Indian journal of veterinary science and animal husbandry - Volume 8,
Year: 1938
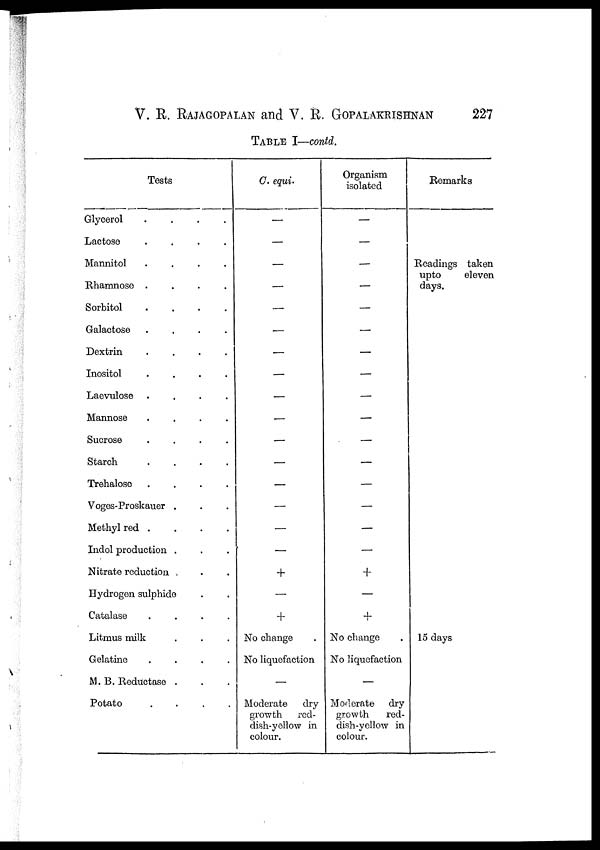
V. R. RAJAGOPALAN and V. R. GOPALAKRISHNAN 227
TABLE I—contd.
Tests
Glycerol . . . .
Lactose . . . .
Mannitol . . .
Rhamnose . . . .
Sorbitol . . . .
Galactose . . . .
Dextrin . . . .
Inositol . . . .
Laevulose . . . .
Mannose . . . .
Sucrose . . . .
Starch . . . .
Trehalose . . . .
Voges-Proskauer . . .
Methyl red . . . .
Indol production . . .
Nitrate reduction . . .
Hydrogen sulphide . .
Catalase . . . .
Litmus milk . . .
Gelatine . . . .
M.B. Reductase . . .
Potato . . . .
C. equi.
—
—
—
—
—
—
—
—
—
—
—
—
—
—
—
—
+
—
+
No change
No liquefaction
—
Moderate
dry
growth
red-
dish-yellow in
colour.
Organism
isolated
—
—
—
—
—
—
—
—
—
—
—
—
—
—
—
—
+
—
+
No change .
No liquefaction
—
Moderate
dry
growth
red-
dish-yellow in
colour.
Remarks
Readings taken
upto eleven
days.
15 days